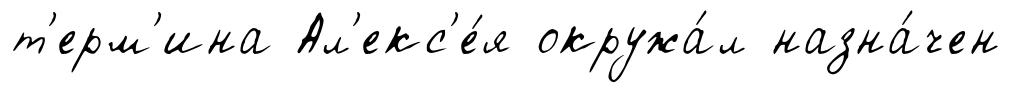
т'ерм'ина Ал'екс'е́я окружа́л назна́чен